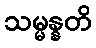
သမ္မန္နတိ